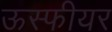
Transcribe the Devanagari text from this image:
ऊस्फीयर